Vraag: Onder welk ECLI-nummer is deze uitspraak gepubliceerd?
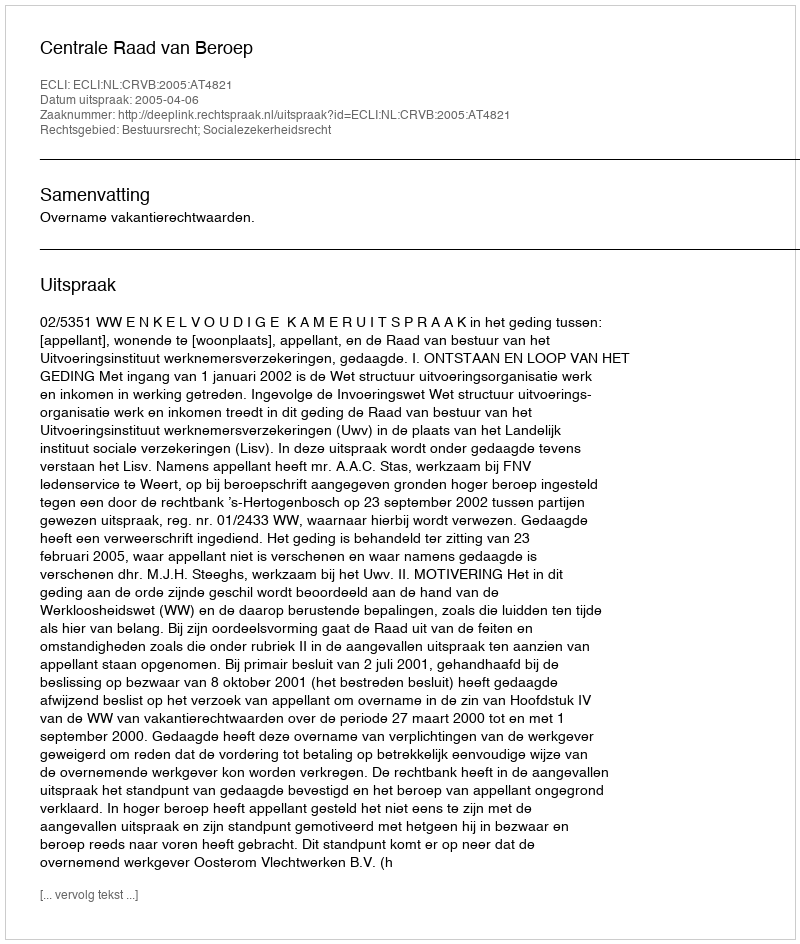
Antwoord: ECLI:NL:CRVB:2005:AT4821